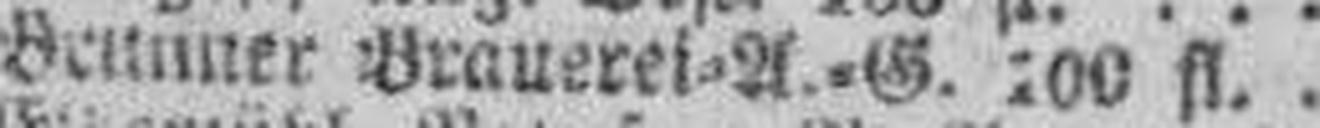
Bettuner Brauerei=A.=G. 200 fl.